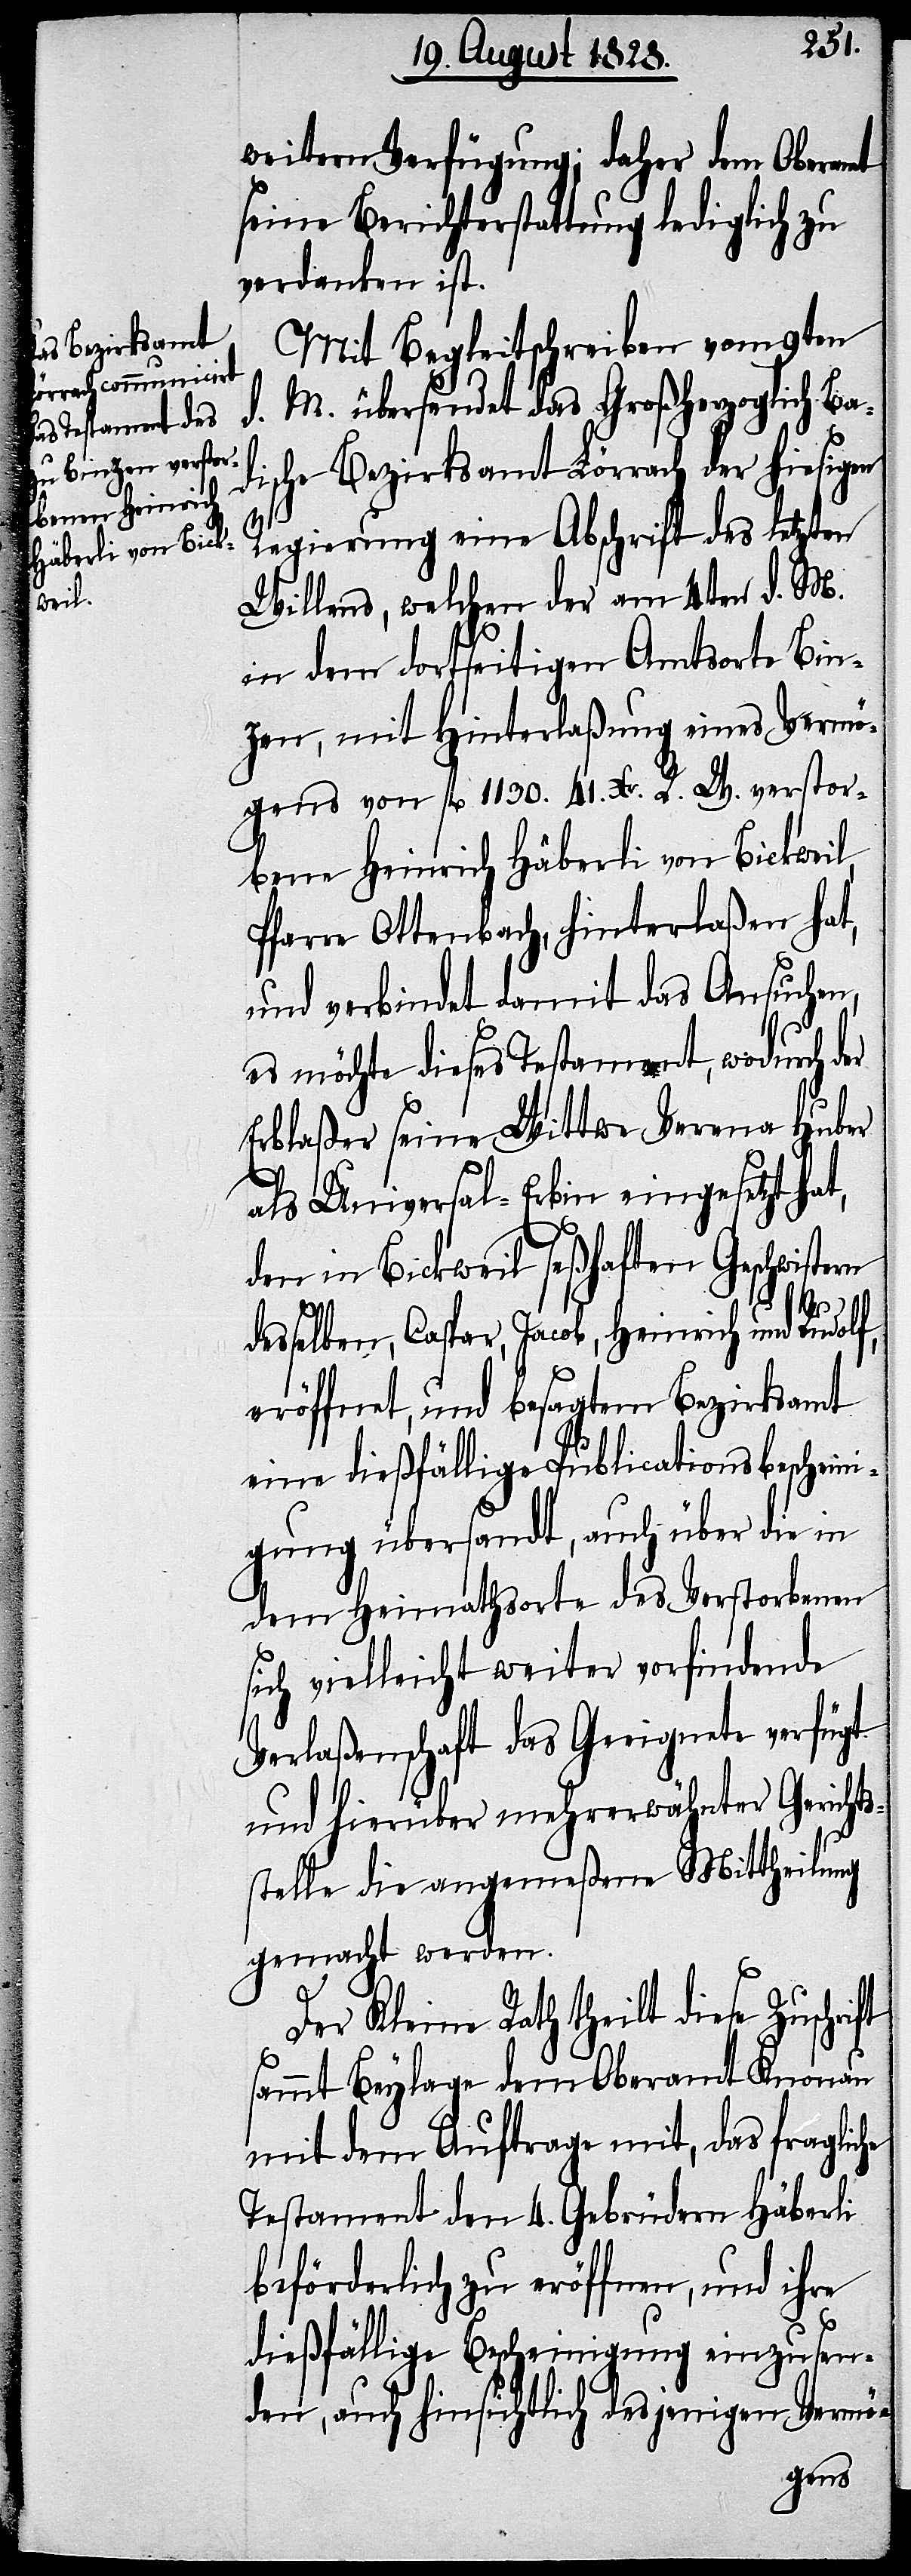
weitern Verfügung; daher dem Oberamt
seine Berichterstattung lediglich zu
verdanken ist.
Mit Begleitschrieben vom 9ten
d. M. übersendet das Großherzoglich Ba¬
dische Bezirksamt Lörrach der hiesigen
Regierung eine Abschrift des letzten
Willens, welchen der am 4ten d. M.
in dem dortseitigen Amtsorte Bin¬
zen, mit Hinterlaßung eines Vermö¬
gens von fl. 1130. 41. Xr. R. W verstor¬
ift
bene Heinrich Häberli von Bickweil,
Pfarre Ottenbach, hinterlaßen hat,
und verbindet damit das Ansuchen,
es möchte dieses Testament, wodurch der
Erblaßer seine Wittwe Verena Huber
als Universal-Erbin eingesetzt hat,
den in Bickweil seßhaften Geschwistern
desselben, Caspar, Jacob, Heinrich und Rudolf,
eröffnet, und besagtem Bezirksamt
eine dießfällige Publicationsbescheini¬
gung übersandt, auch über die in
dem Heimathsorte des Verstorbenen
sich vielleicht weiter vorfindende
Verlaßenschaft das Geeignete verfügt
und hierüber mehrerwähnter Gerichts¬
stelle die angemeßene Mittheilung
gemacht werden.
Der Kleine Rath theilt diese Zuschr¬
sammt Beylage dem Oberamt Knonau
mit dem Auftrage mit, das fragliche
Testament den 4. Gebrüdern Häberli
beförderlich zu eröffnen, und ihre
dießfällige Bescheinigung einzusen¬
den, auch hinsichtlich desjenigen Vermö-